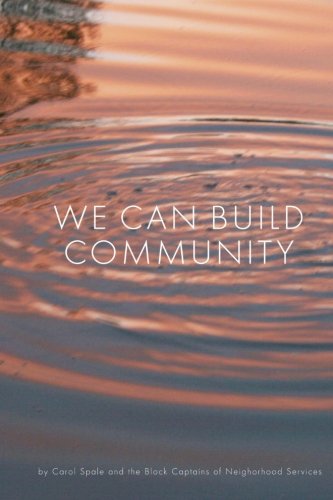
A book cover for We Can Build Community; Carol Spale; Self-Help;